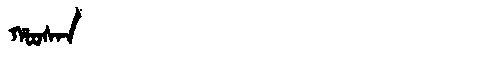
Manchu: ᡥᠣᠣᠰᠠᠨ
Romanization: HOOSAN